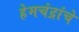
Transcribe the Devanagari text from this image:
हेमचंद्रांचे